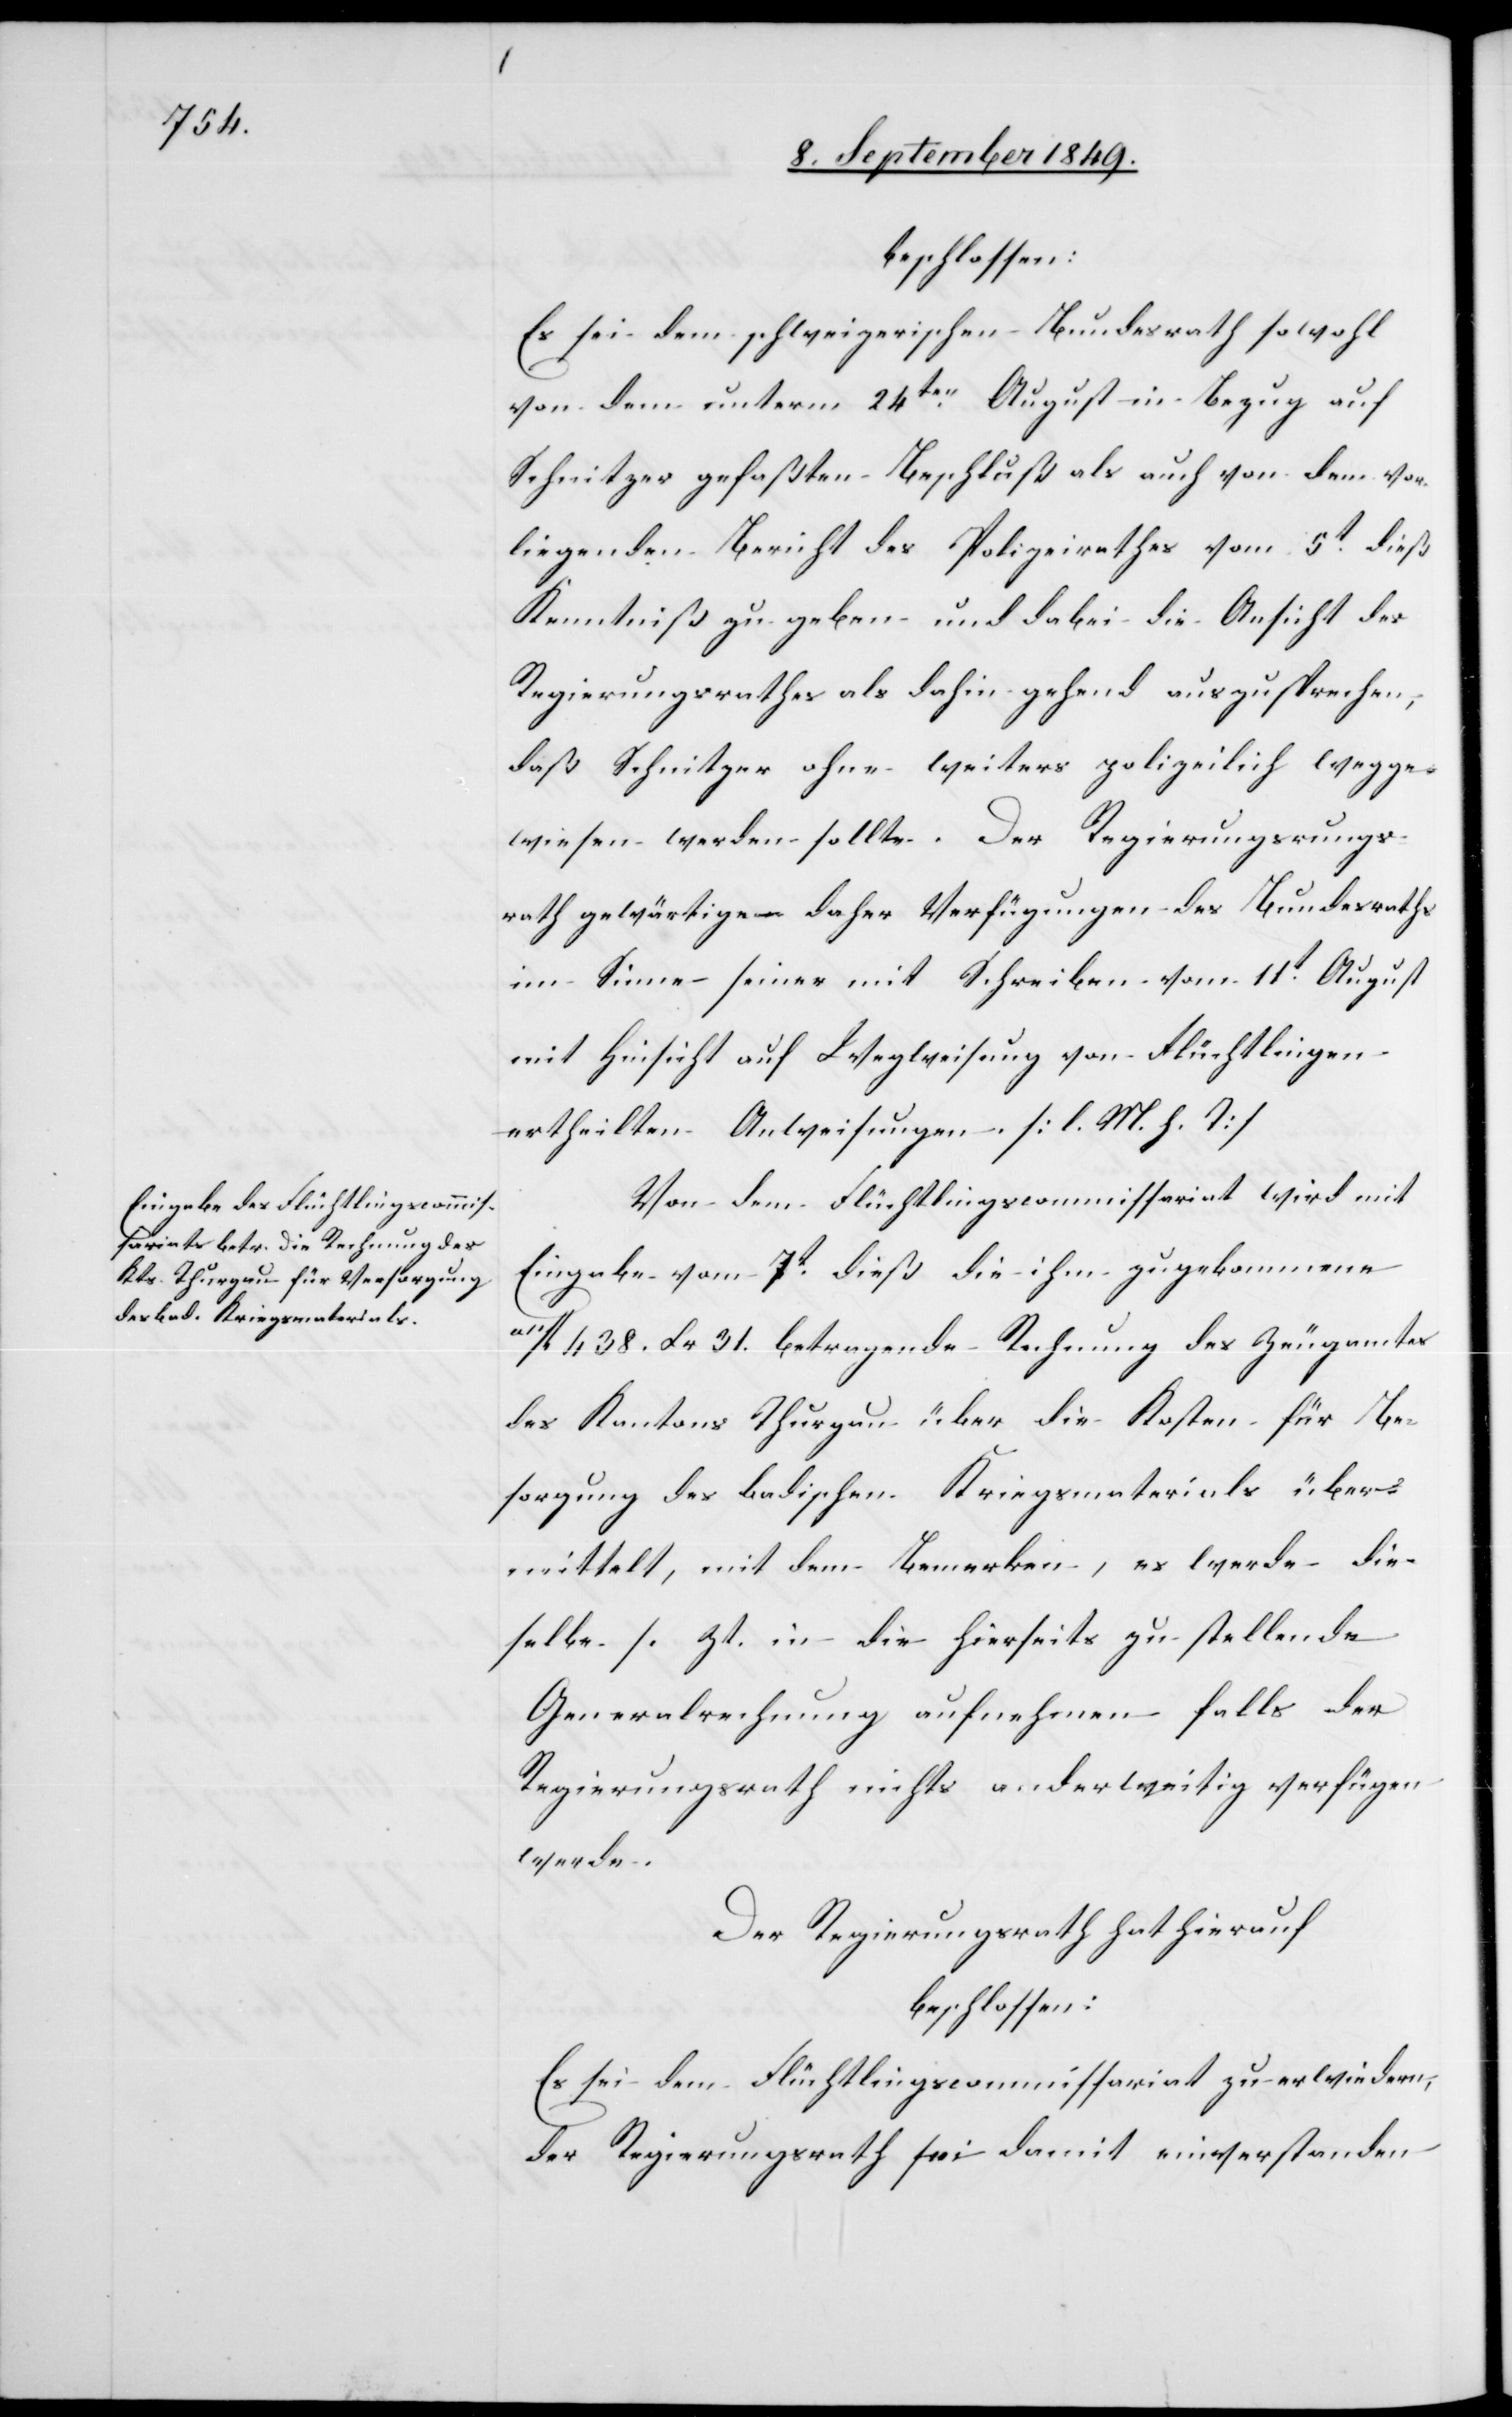
beschlossen:
Es sei dem schweizerischen Bundesrath sowohl
von dem unterm 24ten August in Bezug auf
Schnitzer gefaßten Beschluß als auch von dem vor¬
liegenden Bericht des Polizeirathes vom 5t dieß
Kenntniß zu geben und dabei die Ansicht des
Regierungsrathes als dahin gehend auszusprechen,
daß Schnitzer ohne weiters polizeilich wegge¬
wiesen werden sollte. Der Regierungsr¬
ath gewärtige daher Verfügungen des Bundesraths
im Sinne seiner mit Schreiben vom 11t August
mit Hinsicht auf Wegweisung von Flüchtlingen
ertheilten Anweisungen. [l. M. h. T]
Von dem Flüchtlingscommissariat wird mit
Eingabe vom 7t dieß die ihm zugekommene
[?a]fl. 438. Xr. 31. betragende Rechnung des Zeugamtes
des Kantons Thurgau über die Kosten für Be¬
sorgung des badischen Kriegsmaterials über¬
mittelt, mit dem Bemerken, es werde die¬
selbe [Zt. in die hierseits zu stellende
Generalrechnung aufnehmen falls der
Regierungsrath nichts anderweitig verfügen
werde.
Der Regierungsrath hat hierauf
beschlossen:
Es sei dem Flüchtlingscommissariat zu erwiedern,
der Regierungsrath sei damit einverstanden